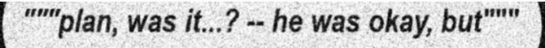
"""plan, was it...? -- he was okay, but"""